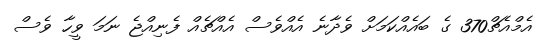
އެމްއެޗް370 ގެ ބައެއްކަމަށް ވެދާނެ އެއްވެސް އެއްޗެއް ފެނިއްޖެ ނަމަ ވީހާ ވެސް